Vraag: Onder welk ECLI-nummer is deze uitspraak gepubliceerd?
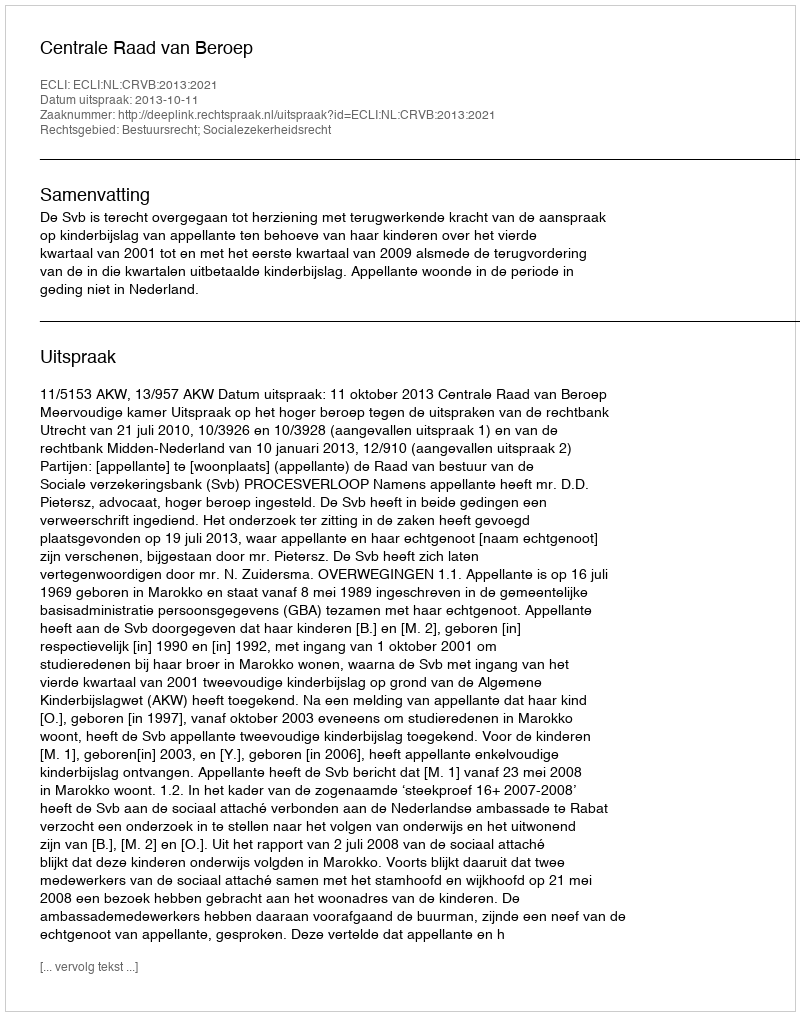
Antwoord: ECLI:NL:CRVB:2013:2021